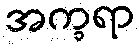
အက္ခရာ